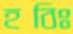
হবিঃ